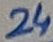
Text: 24